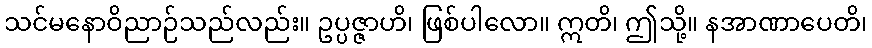
သင်မနောဝိညာဉ်သည်လည်း။ ဥပ္ပဇ္ဇာဟိ၊ ဖြစ်ပါလော။ ဣတိ၊ ဤသို့။ နအာဏာပေတိ၊